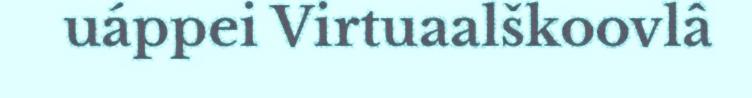
uáppei Virtuaalškoovlâ